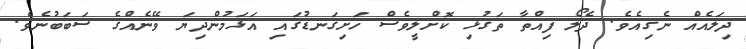
ދިލައެއް ނެގިއެވެ. ދެލޯ ފިއްތާ ތަގުޅި ކޮށްލީވެސް ހަށިގަނޑުގައި އަޅަމުންދިޔަ ވޭނެއްގެ ސަބަބުނެވެ.